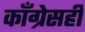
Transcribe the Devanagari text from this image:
काँग्रेसही